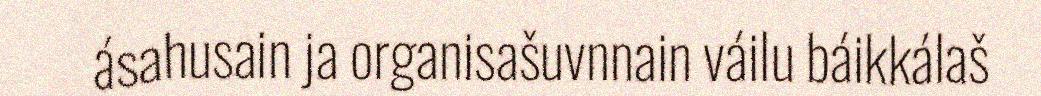
ásahusain ja organisašuvnnain váilu báikkálaš